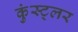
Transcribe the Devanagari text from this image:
कुंस्ट्लर